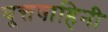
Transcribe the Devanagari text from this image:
वृ्त्तवाहिनी